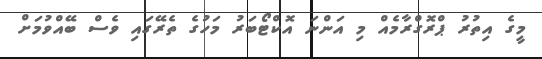
މީގެ އިތުރު ޕްރޮގްރާމެއް މި އަންނަ އޮކްޓޯބަރު މަހުގެ ތެރޭގައި ވެސް ބޭއްވުމަށް